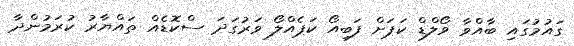
ގައުމުގައި ބާއްވާ ވޯލްޑް ކަޕަށް ފަބިއޯ ކަޕެއްލޯ ވަރުގަދަ ސްކޮޑެއް ތައްޔާރު ކުރަމުންދާ